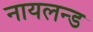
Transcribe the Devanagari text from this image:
नायलन्ड